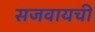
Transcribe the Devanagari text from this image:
सजवायची